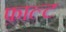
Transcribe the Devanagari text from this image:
फ़ाल्ट